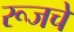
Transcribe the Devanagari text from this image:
रूजचे